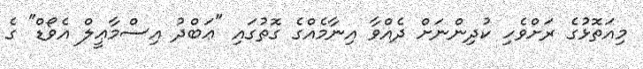
މިއަތޮޅުގެ ރަށްވެހި ކުދިންނަށް ދެއްވާ އިނާމެއްގެ ގޮތުގައި "ޢަބްދު އިސްމާޢީލް އެވޯޑް" ގެ